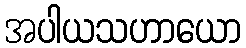
အပါယသဟာယော